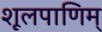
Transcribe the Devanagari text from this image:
शूलपाणिम्